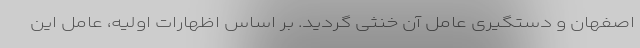
اصفهان و دستگیری عامل آن خنثی گردید. بر اساس اظهارات اولیه، عامل این